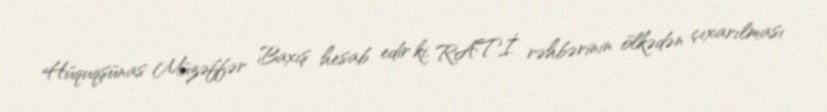
Hüquqşünas Müzəffər Baxış hesab edir ki, RATİ rəhbərinin ölkədən çıxarılması